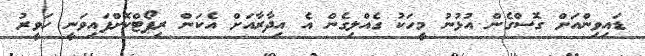
ޑައިވިންއަށް ގޮސްގެން އުޅުނު މީހަކު ގެއްލިގެން އެ އިދާރާއަށް އެކަން ރިޕޯޓްކޮށްފައިވަނީ ހަވީރު